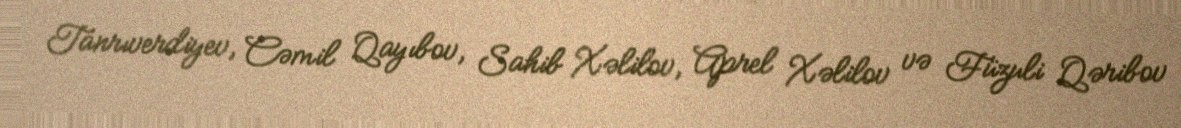
Tanrıverdiyev, Cəmil Qayıbov, Sahib Xəlilov, Aprel Xəlilov və Füzuli Qəribov